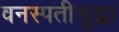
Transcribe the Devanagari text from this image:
वनस्पतीसुद्धा